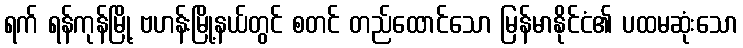
ရက် ရန်ကုန်မြို့ ဗဟန်းမြို့နယ်တွင် စတင် တည်ထောင်သော မြန်မာနိုင်ငံ၏ ပထမဆုံးသော